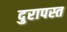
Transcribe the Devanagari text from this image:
दुरापस्त